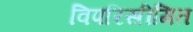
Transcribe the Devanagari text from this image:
विपरिसीमित